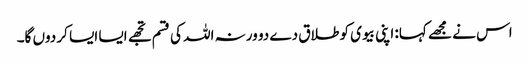
اس نے مجھے کہا: اپنی بیوی کو طلاق دے دو ورنہ اللہ کی قسم تجھے ایسا ایسا کر دوں گا۔